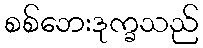
စစ်ဘေးဒုက္ခသည်